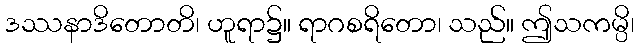
ဒဿနာဒိတောတိ၊ ဟူရာ၌။ ရာဂစရိတော၊ သည်။ ဤသကမ္ပိ၊